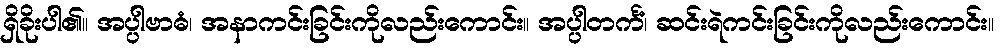
ရှိခိုးပါ၏။ အပ္ပါဗာဓံ၊ အနာကင်းခြင်းကိုလည်းကောင်း။ အပ္ပါတင်္ကံ၊ ဆင်းရဲကင်းခြင်းကိုလည်းကောင်း။